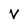
Character: V